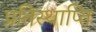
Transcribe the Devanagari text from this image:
प्रतिस्थाप्ति